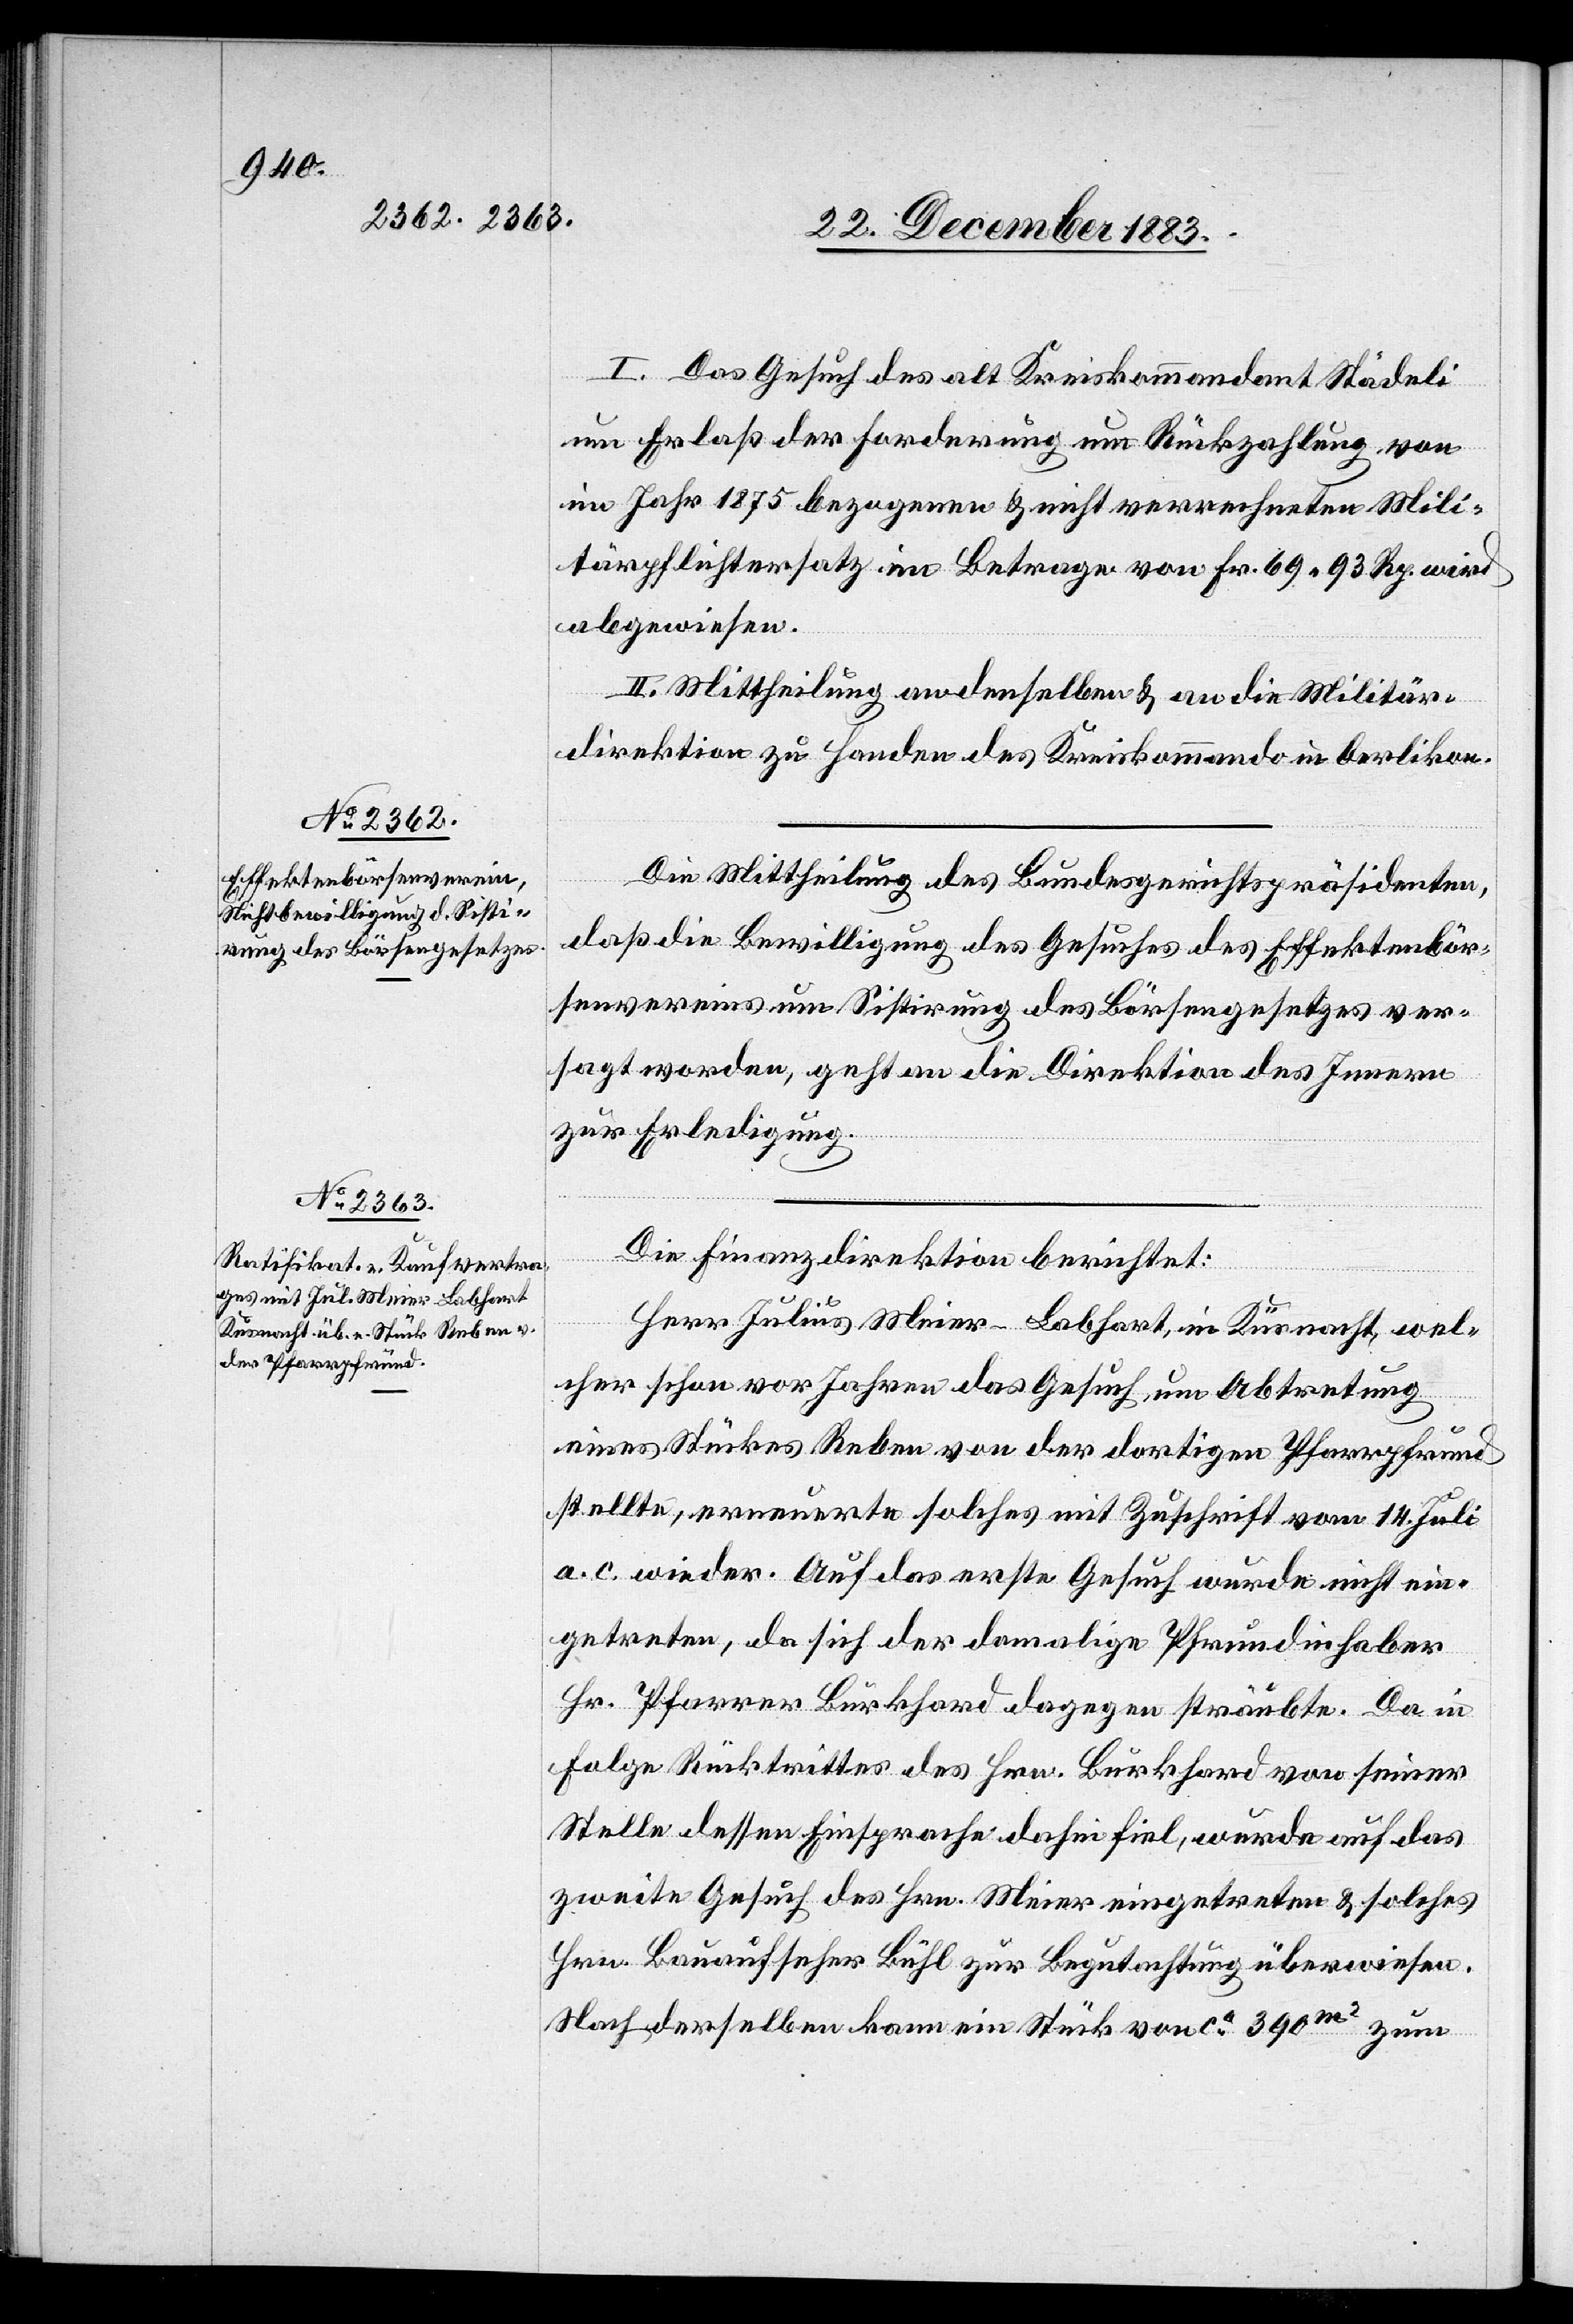
I. Das Gesuch des alt Kreiskommandant Städeli
um Erlaß der Forderung um Rückzahlung von
im Jahr 1875 bezogenen & nicht verrechneten Mili¬
tärpflichtersatz im Betrage von Fr. 69 93 Rp. wird
abgewiesen.
II. Mittheilung an denselben & an die Militär¬
direktion zu Handen des Kreiskommando in Oerlikon.
Die Mittheilung des Bundesgerichtspräsidenten,
daß die Bewilligung des Gesuches des Effektenbör¬
senvereins um Sistirung des Börsengesetzes ver¬
sagt worden, geht an die Direktion des Innern
zur Erledigung.
Die Finanzdirektion berichtet:
Herr Julius Meier-Labhart, in Küsnacht, wel¬
cher schon vor Jahren das Gesuch um Abtretung
eines Stückes Reben von der dortigen Pfarrpfründ
stellte, erneuerte solches mit Zuschrift vom 14. Juli
a. c. wieder. Auf das erste Gesuch wurde nicht ein¬
getreten, da sich der damalige Pfrundinhaber
Hr. Pfarrer Burkhard dagegen sträubte. Da in
Folge Rücktrittes des Hrn. Burkhard von seiner
Stelle dessen Einsprache dahin fiel, wurde auf das
zweite Gesuch des Hrn. Meier eingetreten & solches
Hrn. Bauaufseher Bühl zur Begutachtung überwiesen.
Nach derselben kann ein Stück von ca 390m2 zum